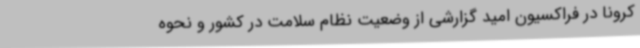
کرونا در فراکسیون امید گزارشی از وضعیت نظام سلامت در کشور و نحوه